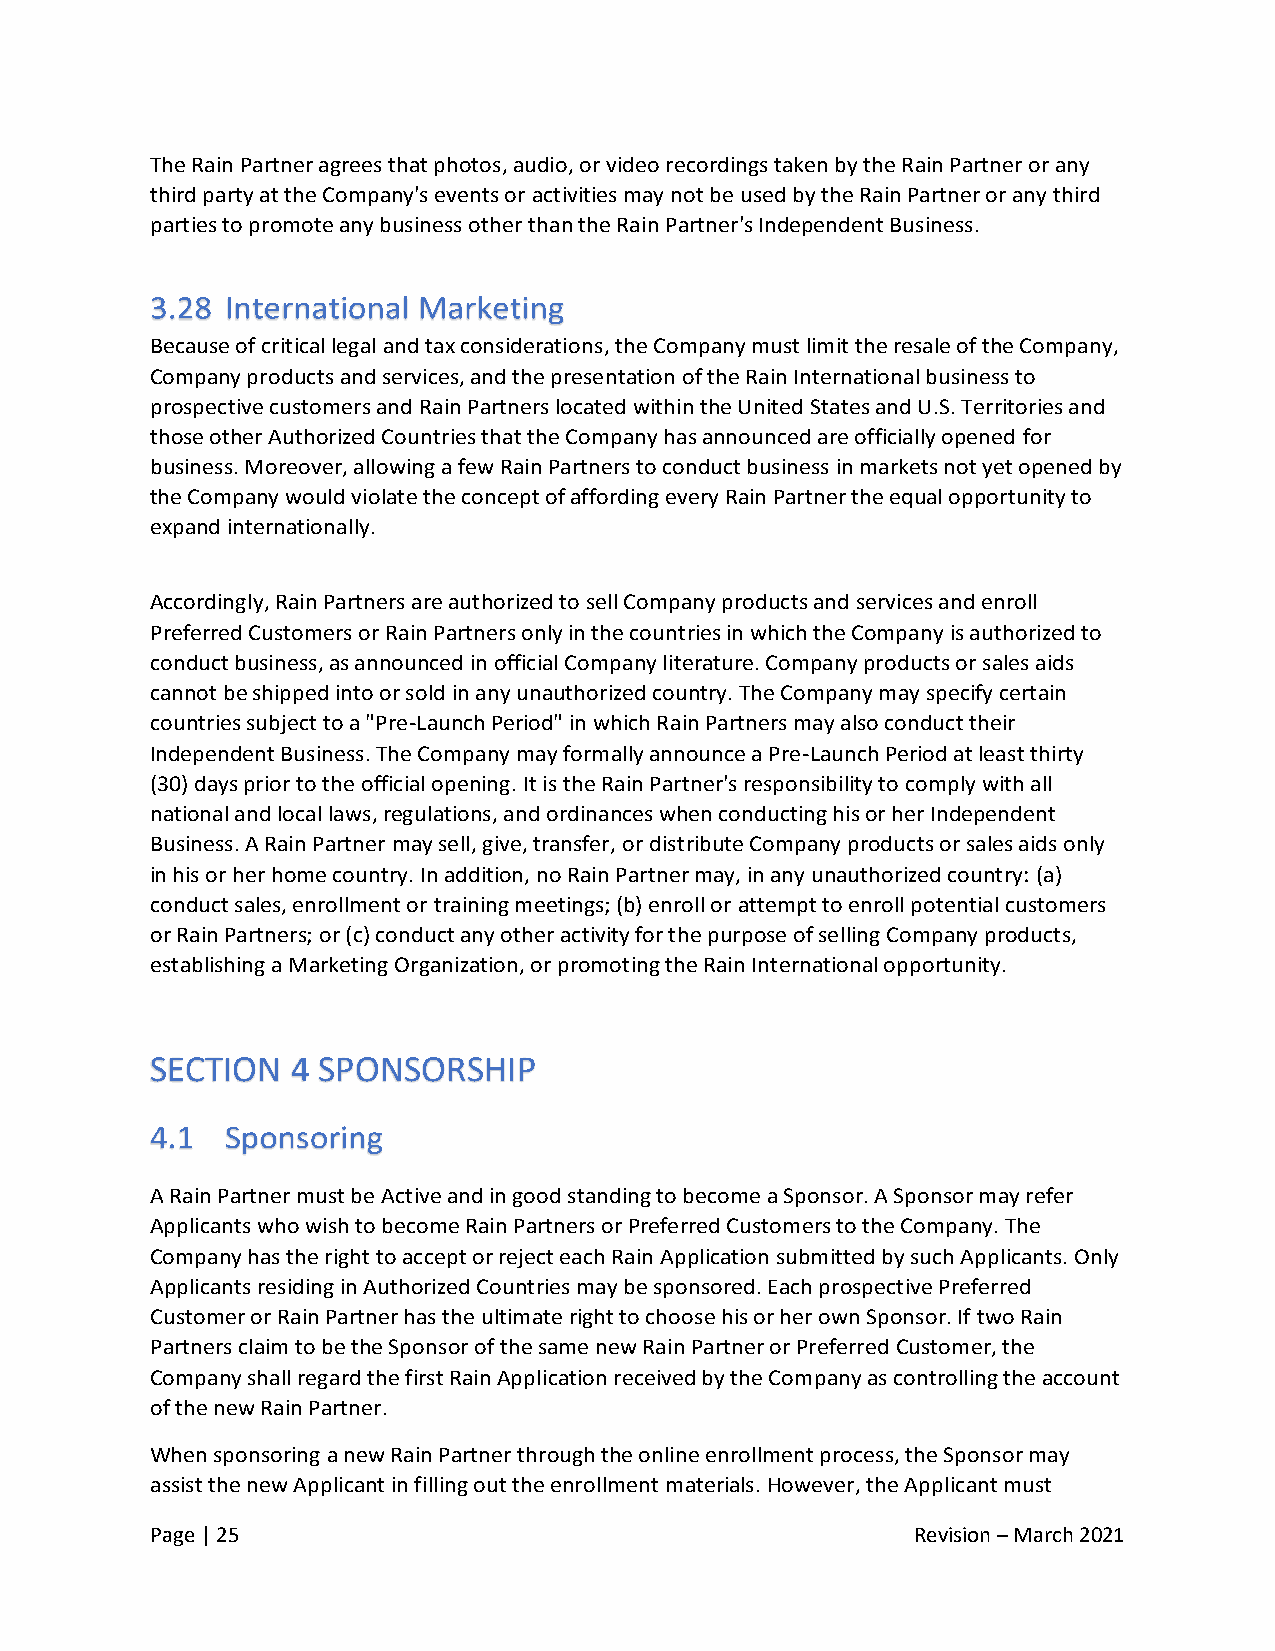
The Rain Partner agrees that photos, audio, or video recordings taken by the Rain Partner or any
 third party at the Company's events or activities may not be used by the Rain Partner or any third
 parties to promote any business other than the Rain Partner's Independent Business.
 Because of critical legal and tax considerations, the Company must limit the resale of the Company,
 Company products and services, and the presentation of the Rain International business to
 prospective customers and Rain Partners located within the United States and U.S. Territories and
 those other Authorized Countries that the Company has announced are officially opened for
 business. Moreover, allowing a few Rain Partners to conduct business in markets not yet opened by
 the Company would violate the concept of affording every Rain Partner the equal opportunity to
 expand internationally.
 Accordingly, Rain Partners are authorized to sell Company products and services and enroll
 Preferred Customers or Rain Partners only in the countries in which the Company is authorized to
 conduct business, as announced in official Company literature. Company products or sales aids
 cannot be shipped into or sold in any unauthorized country. The Company may specify certain
 countries subject to a "Pre-Launch Period" in which Rain Partners may also conduct their
 Independent Business. The Company may formally announce a Pre-Launch Period at least thirty
 (30) days prior to the official opening. It is the Rain Partner's responsibility to comply with all
 national and local laws, regulations, and ordinances when conducting his or her Independent
 Business. A Rain Partner may sell, give, transfer, or distribute Company products or sales aids only
 in his or her home country. In addition, no Rain Partner may, in any unauthorized country: (a)
 conduct sales, enrollment or training meetings; (b) enroll or attempt to enroll potential customers
 or Rain Partners; or (c) conduct any other activity for the purpose of selling Company products,
 establishing a Marketing Organization, or promoting the Rain International opportunity.
 SECTION  4 SPONSORSHIP
 A Rain Partner must be Active and in good standing to become a Sponsor. A Sponsor may refer
 Applicants who wish to become Rain Partners or Preferred Customers to the Company. The
 Company has the right to accept or reject each Rain Application submitted by such Applicants. Only
 Applicants residing in Authorized Countries may be sponsored. Each prospective Preferred
 Customer or Rain Partner has the ultimate right to choose his or her own Sponsor. If two Rain
 Partners claim to be the Sponsor of the same new Rain Partner or Preferred Customer, the
 Company shall regard the first Rain Application received by the Company as controlling the account
 of the new Rain Partner.
 When sponsoring a new Rain Partner through the online enrollment process, the Sponsor may
 assist the new Applicant in filling out the enrollment materials. However, the Applicant must
 Page | 25                                          Revision – March 2021